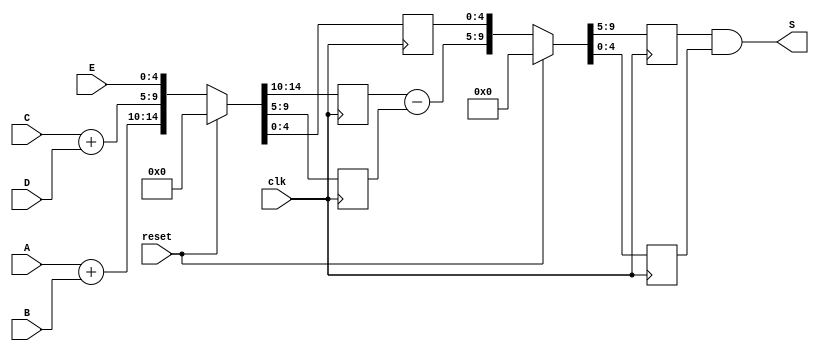
module pipeline_ALU (
    input clk,reset,
    input [4:0]A,B,C,D,E,
    output [4:0] S
);
    reg [4:0] D01,D02,D03,D11,D12;
    wire [4:0] ABsum,CDsum;
    
    //pipeline
    assign ABsum = A + B;
    assign CDsum = C + D;
    //D0 flipflop
    always @(posedge clk) begin
        if(reset) {D01,D02,D03} <= 0;
        else {D01,D02,D03} <= {ABsum,CDsum,E};
    end
    //pipeline
    wire [4:0] D01subD02;
    assign D01subD02 = D01 - D02;
    //D0 flipflop
    always @(posedge clk) begin
        if(reset) {D11,D12} <= 0;
        else {D11,D12} <= {D01subD02,D03};
    end
    //output
    assign S = D11 & D12;

endmodule